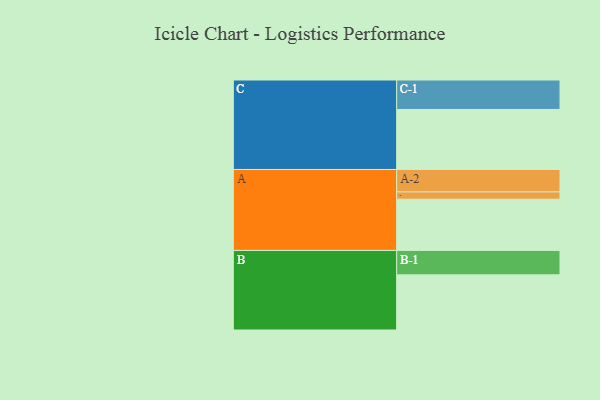
{"axis": {"x": "Segment", "y": "Value"}, "legend": ["", "A", "B", "C"], "data": [{"x": "A", "y": 506, "type": ""}, {"x": "B", "y": 545, "type": ""}, {"x": "C", "y": 593, "type": ""}, {"x": "A-1", "y": 72, "type": "A"}, {"x": "A-2", "y": 222, "type": "A"}, {"x": "B-1", "y": 241, "type": "B"}, {"x": "C-1", "y": 291, "type": "C"}]}